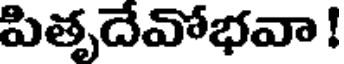
పితృదేవోభవా !